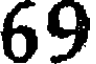
69